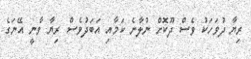
ރިޔާ ދުވަހަކު ވެސް ދޫކޮށް ނުލާނެ ކަމާއި އަބަދުވެސް ރިޔާ ވާނީ އޭނަގެ